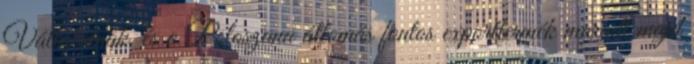
Vállalatnak, és a Poloszana állomás fontos exporttermék maradt majd